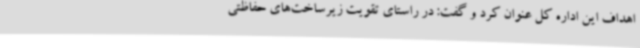
اهداف این اداره کل عنوان کرد و گفت: در راستای تقویت زیرساخت‌های حفاظتی